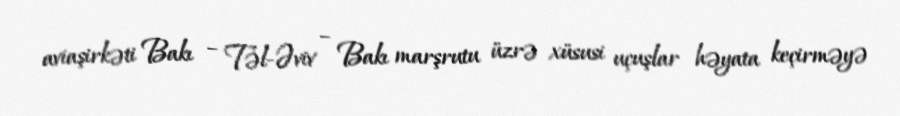
aviaşirkəti Bakı – Təl-Əviv – Bakı marşrutu üzrə xüsusi uçuşlar həyata keçirməyə